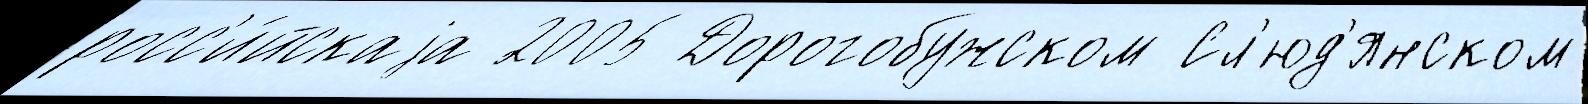
росс'и́йскаjа 2005 Дорогобужском Сл'юд'янском